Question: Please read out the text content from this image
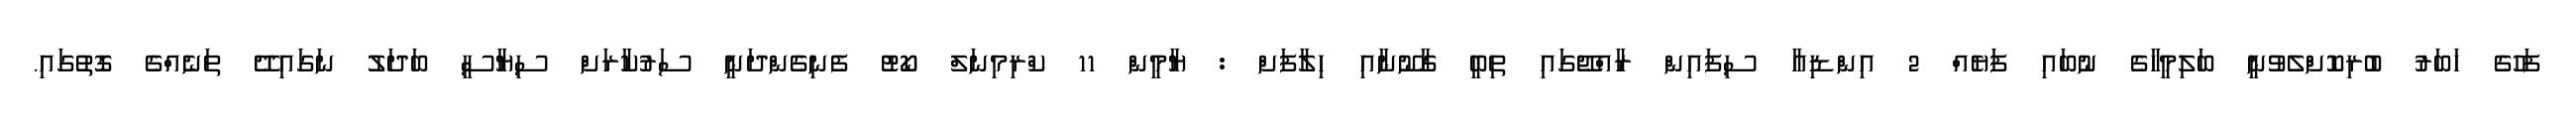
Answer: ފަހުގެ ޚަބަރު ބުރިކޮށްލެވުނީ ބަލިމީހާގެ ނުބައި ފަޔެއް 2 އިންޑިއާ ސިފައިން ރާއްޖޭގައި ތިބީ ގާނޫނާއި ހިލާފަށް : ޔާމީން 11 ކްރިމިނަލް ކޯޓު ފެނިގެންދަނީ ސަރުކާރަށް ސިޔާސީ ބަދަލު ނަގައިދޭ ތަނެއްގެ ގޮތުގައި.